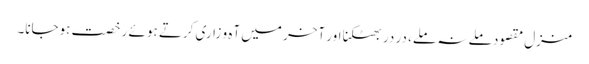
منزلِ مقصود ملے نہ ملے، در در بھٹکنا اور آخر میں آہ و زاری کرتے ہوئے رخصت ہوجانا۔